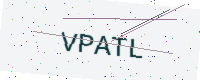
Text: VPATL